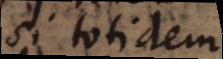
si totidem